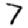
Digit: 7